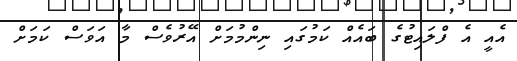
އެއީ އެ ފްލައިޓުގެ ބައެއް ކަމުގައި ނިންމުމަށް އޭރުވެސް މާ އަވަސް ކަމަށް